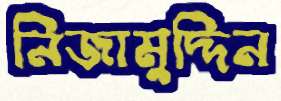
নিজামুদ্দিন